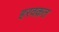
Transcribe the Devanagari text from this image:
हरवक़त